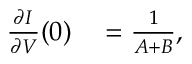
\begin{array} { r l } { \frac { \partial I } { \partial V } ( 0 ) } & { { } = \frac { 1 } { A + B } , } \end{array}